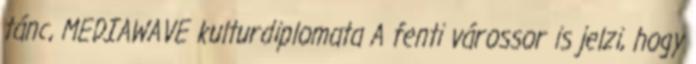
tánc, MEDIAWAVE kulturdiplomata A fenti várossor is jelzi, hogy